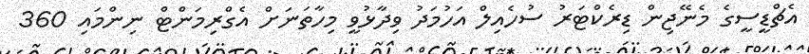
އެޗްޑީސީގެ މެނޭޖިން ޑިރެކްޓަރު ސުހެއިލް އަހުމަދު ވިދާޅުވީ މިހާތަނަށް އެގްރިމަންޓް ނިންމައި 360